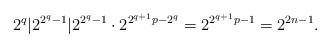
LaTeX: \begin{align*}2^q\vert 2^{2^q-1}\vert 2^{2^q-1}\cdot 2^{2^{q+1}p-2^q}=2^{2^{q+1}p-1}=2^{2n-1}.\end{align*}